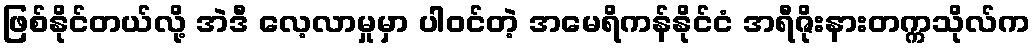
ဖြစ်နိုင်တယ်လို့ အဲဒီ လေ့လာမှုမှာ ပါဝင်တဲ့ အမေရိကန်နိုင်ငံ အရီဇိုးနားတက္ကသိုလ်က